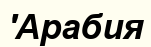
'Арабия